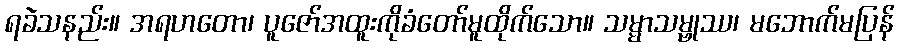
ရခဲသနည်း။ အရဟတော၊ ပူဇော်အထူးကိုခံတော်မူထိုက်သော။ သမ္မာသမ္ဗုဿ၊ မဘောက်မပြန်